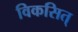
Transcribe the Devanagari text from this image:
विकसित्